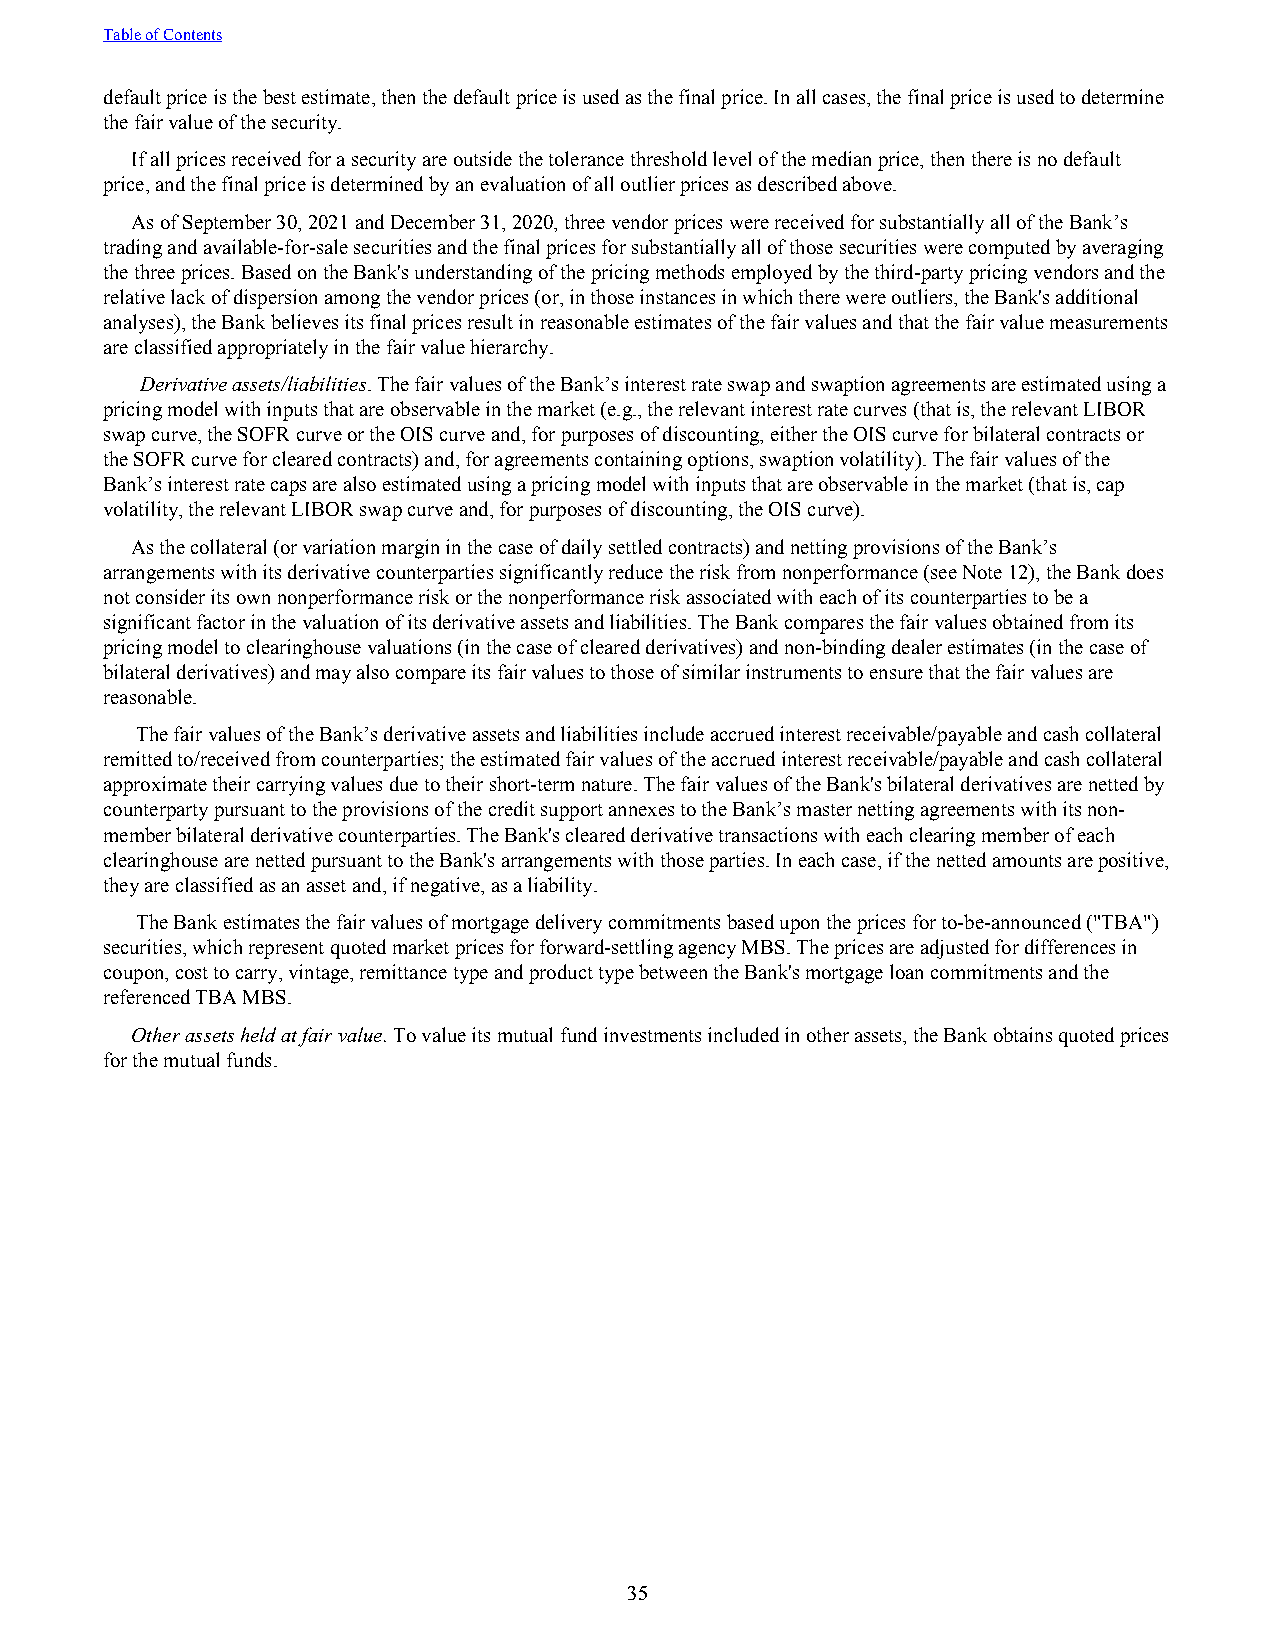
Table of Contents
 default price is the best estimate, then the default price is used as the final price. In all cases, the final price is used to determine
 the fair value of the security.
 If all prices received for a security are outside the tolerance threshold level of the median price, then there is no default
 price, and the final price is determined by an evaluation of all outlier prices as described above.
 As of September 30, 2021 and December 31, 2020, three vendor prices were received for substantially all of the Bank’s
 trading and available-for-sale securities and the final prices for substantially all of those securities were computed by averaging
 the three prices. Based on the Bank's understanding of the pricing methods employed by the third-party pricing vendors and the
 relative lack of dispersion among the vendor prices (or, in those instances in which there were outliers, the Bank's additional
 analyses), the Bank believes its final prices result in reasonable estimates of the fair values and that the fair value measurements
 are classified appropriately in the fair value hierarchy.
 Derivative assets/liabilities. The fair values of the Bank’s interest rate swap and swaption agreements are estimated using a
 pricing model with inputs that are observable in the market (e.g., the relevant interest rate curves (that is, the relevant LIBOR
 swap curve, the SOFR curve or the OIS curve and, for purposes of discounting, either the OIS curve for bilateral contracts or
 the SOFR curve for cleared contracts) and, for agreements containing options, swaption volatility). The fair values of the
 Bank’s interest rate caps are also estimated using a pricing model with inputs that are observable in the market (that is, cap
 volatility, the relevant LIBOR swap curve and, for purposes of discounting, the OIS curve).
 As the collateral (or variation margin in the case of daily settled contracts) and netting provisions of the Bank’s
 arrangements with its derivative counterparties significantly reduce the risk from nonperformance (see Note 12), the Bank does
 not consider its own nonperformance risk or the nonperformance risk associated with each of its counterparties to be a
 significant factor in the valuation of its derivative assets and liabilities. The Bank compares the fair values obtained from its
 pricing model to clearinghouse valuations (in the case of cleared derivatives) and non-binding dealer estimates (in the case of
 bilateral derivatives) and may also compare its fair values to those of similar instruments to ensure that the fair values are
 reasonable.
 The fair values of the Bank’s derivative assets and liabilities include accrued interest receivable/payable and cash collateral
 remitted to/received from counterparties; the estimated fair values of the accrued interest receivable/payable and cash collateral
 approximate their carrying values due to their short-term nature. The fair values of the Bank's bilateral derivatives are netted by
 counterparty pursuant to the provisions of the credit support annexes to the Bank’s master netting agreements with its non-
 member bilateral derivative counterparties. The Bank's cleared derivative transactions with each clearing member of each
 clearinghouse are netted pursuant to the Bank's arrangements with those parties. In each case, if the netted amounts are positive,
 they are classified as an asset and, if negative, as a liability.
 The Bank estimates the fair values of mortgage delivery commitments based upon the prices for to-be-announced ("TBA")
 securities, which represent quoted market prices for forward-settling agency MBS. The prices are adjusted for differences in
 coupon, cost to carry, vintage, remittance type and product type between the Bank's mortgage loan commitments and the
 referenced TBA MBS.
 Other assets held at fair value. To value its mutual fund investments included in other assets, the Bank obtains quoted prices
 for the mutual funds.
 35